Lunatic asylums Burma 1907-21 - 1907-1921
Year: 1907
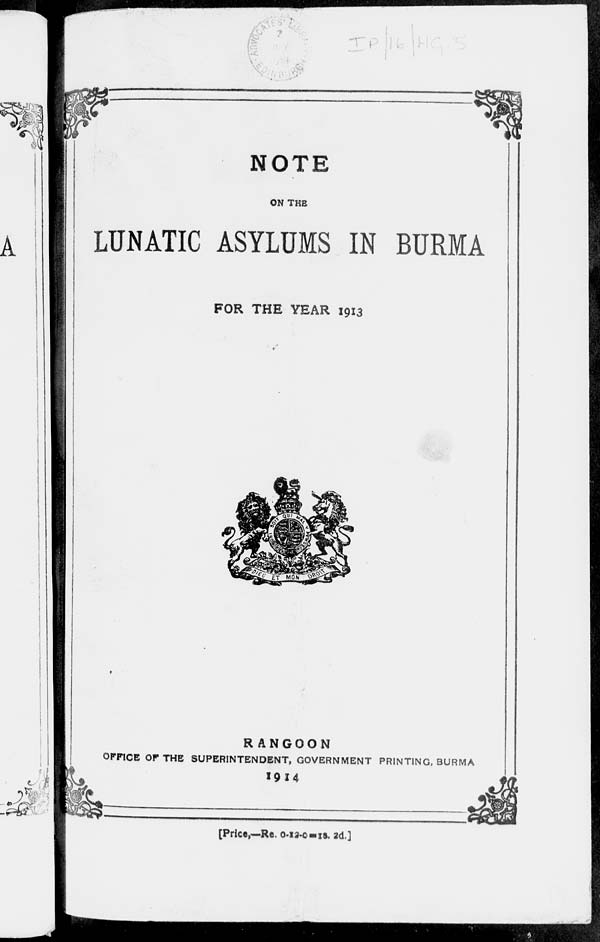
NOTE
ON THE
LUNATIC ASYLUMS IN BURMA
FOR THE YEAR 1913
RANGOON
OFFICE OF THE SUPERINTENDENT, GOVERNMENT PRINTING, BURMA
1914
[Price,—Re. 0-12-0-1s. 2d.]